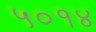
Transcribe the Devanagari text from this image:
५०१४